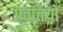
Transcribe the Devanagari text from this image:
प्रवत्तियों